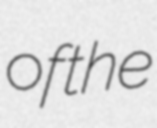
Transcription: of the